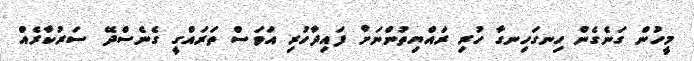
މީހުން ގަނެގެން ހިނގަހިނގާ ހުރި ރައްޔިތުންނަށް ފައިދާހުރި އަވަސް ތަރައްގީ ގެނެސްދޭ ސަރުކާރެއް